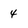
Character: 4